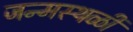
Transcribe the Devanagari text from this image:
जन्मस्थळी